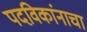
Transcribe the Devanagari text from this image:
पदविकांनाचा